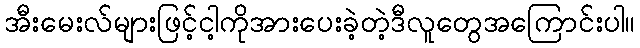
အီးမေးလ်များဖြင့်ငါ့ကိုအားပေးခဲ့တဲ့ဒီလူတွေအကြောင်းပါ။